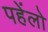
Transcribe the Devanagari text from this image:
पहेंलो